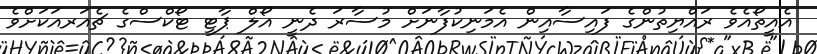
އެއީތޯއެވެ ރައްޔިތުންގެ ފައިސާއިން އެމަނިކުފާނަށް މުސާރަ ދެނީ އޯލް ޕާޓީ ޓޯކްސްގެ ޗެއަރއަކަށްވެ